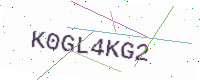
Text: K0GL4KG2